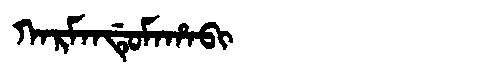
Manchu: ᡴᠠᡵᠮᠠᠨᡩᡠᠮᠠᡥᠠᠪᡳ
Romanization: KARMANDUMAHABI